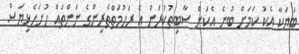
ބަޔަކާ އެކު ކަމަށް ބުނެ އެކަން ސާބިތުކުރަން އެ ރަހުމަތްތެރިންގެ ނަންތައް ހުށަހެޅިޔަސް